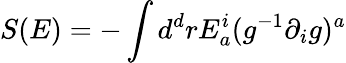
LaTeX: S(E)=-\int d^{d}rE_{a}^{i}(g^{-1}\partial_{i}g)^{a}